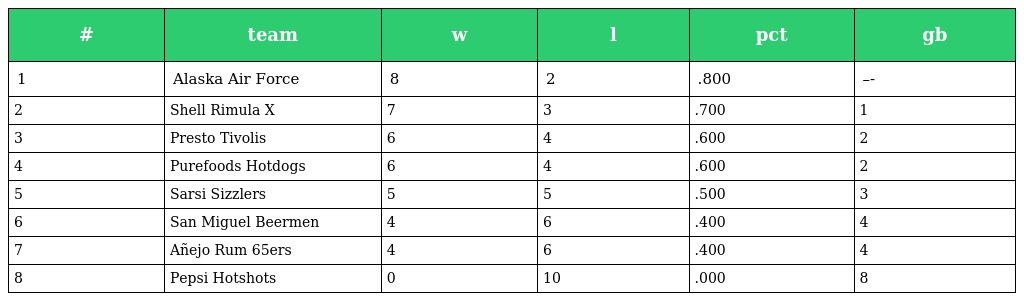
| # | team | w | l | pct | gb |
 | --- | --- | --- | --- | --- | --- |
 | 1 | Alaska Air Force | 8 | 2 | .800 | –- |
 | 2 | Shell Rimula X | 7 | 3 | .700 | 1 |
 | 3 | Presto Tivolis | 6 | 4 | .600 | 2 |
 | 4 | Purefoods Hotdogs | 6 | 4 | .600 | 2 |
 | 5 | Sarsi Sizzlers | 5 | 5 | .500 | 3 |
 | 6 | San Miguel Beermen | 4 | 6 | .400 | 4 |
 | 7 | Añejo Rum 65ers | 4 | 6 | .400 | 4 |
 | 8 | Pepsi Hotshots | 0 | 10 | .000 | 8 |